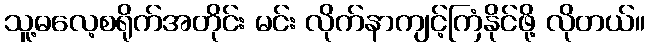
သူ့ဓလေ့စရိုက်အတိုင်း မင်း လိုက်နာကျင့်ကြံနိုင်ဖို့ လိုတယ်။